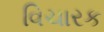
વિચારક